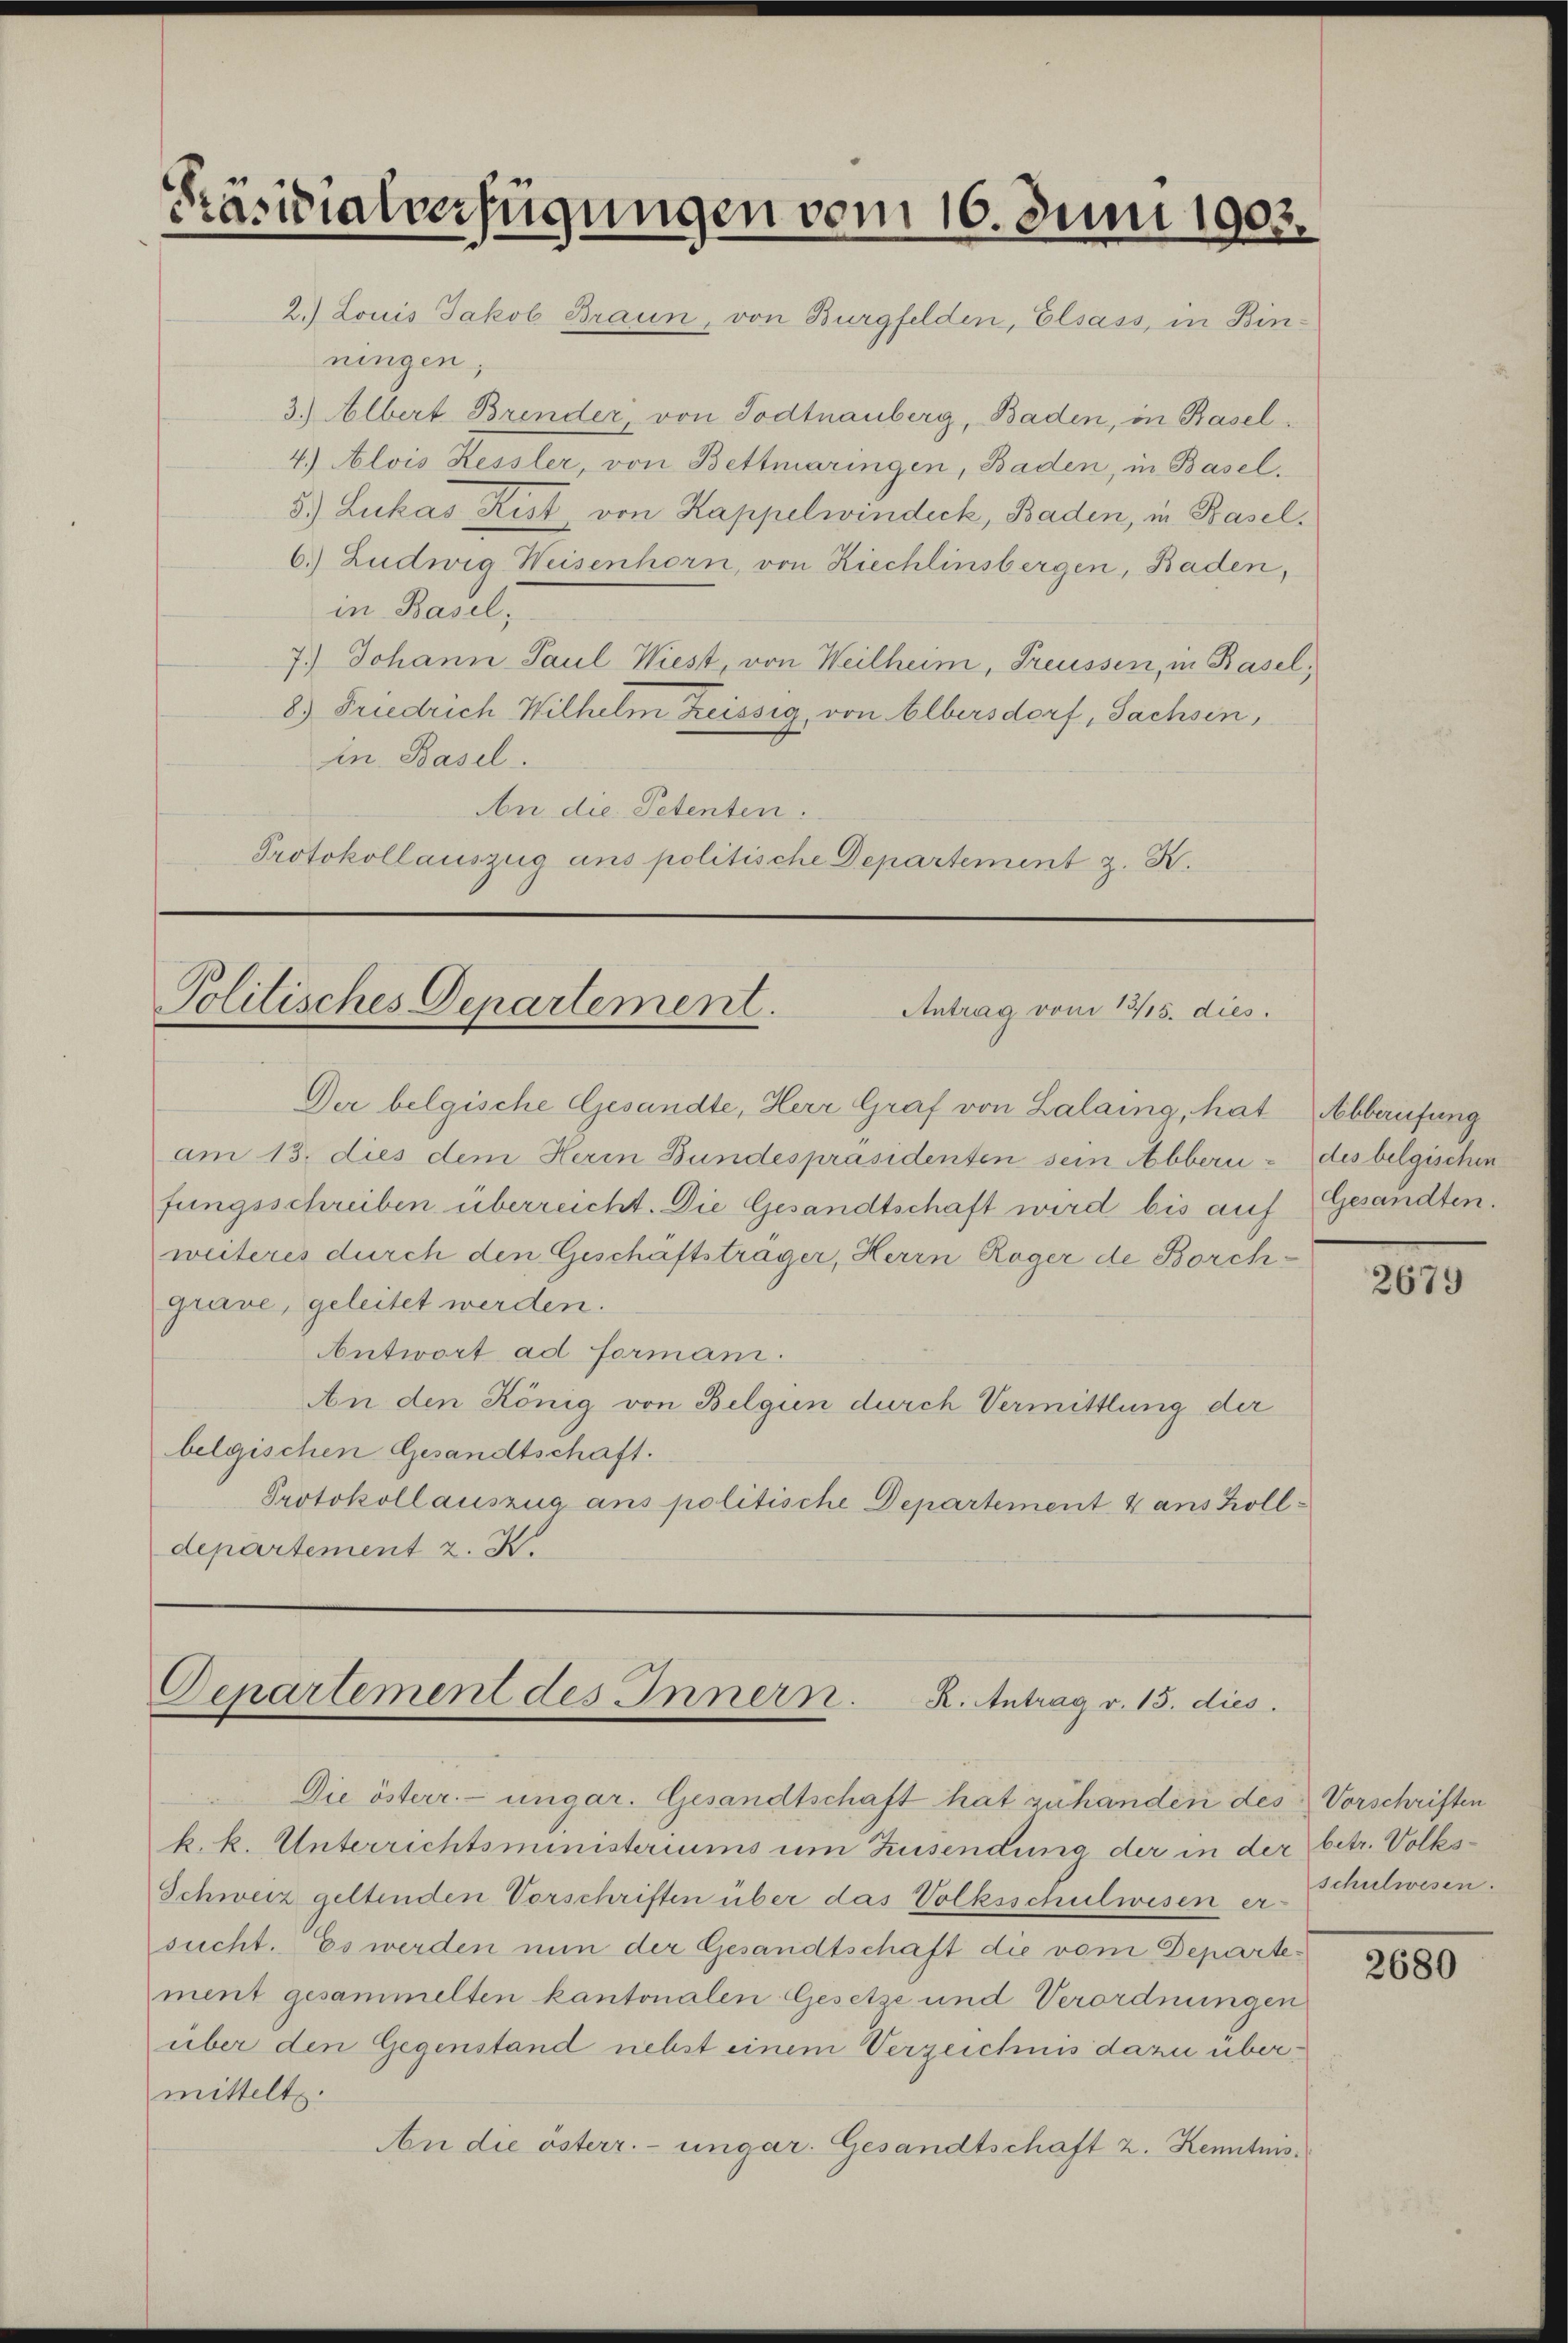
Präsidialverfügungen vom 16. Juni 1903.

2.) Louis Jakob Braun, von Burgfelden, Elsass, in Binningen,
3.) Albert Brender, von Todtnauberg, Baden, in Basel¬
4.) Alois Kessler, von Bettmaringen, Baden, in Basel.
5.) Lukas Kist, von Kappelwindeck, Baden, in Basel¬
6.) Ludwig Weisenhorn, von Ziechlinsbergen, Baden,
in Basel,
7.) Johann Paul Wiest, von Weilheim, Freussen, in Basel,
8) Friedrich Wilhelm Kreissig, von Elbersdorf, Sachsen,
in Basel.
An die Petenten:
Protokollauszug ans politische Departement z. K.

Politisches Departement.
Antrag vom 13/15. dies

Der belgische Gesandte, Herr Graf von Lalaing, hat
am 13. dies dem Herin Bundespräsidenten sein Abbern des belgischen
fungsschreiben überreicht. Die Gesandtschaft wird bis auf Gesandten.
weiteres durch den Geschäftsträger, Herrn Roger de Borchgrave, geleitet werden.
Antwort ad formani.
An den König von Belgin durch Vermittlung der
belgischen Gesandtschaft.
Protokoll auszug ans politische Departement 4 aus Zolldepartement z. B.

Departement des Innern. R. Antrag v. 15. dies

Die österr. ungar. Gesandtschaft hat zu handen des Vorschriften
k. k. Unterrichtsministeriums um Zusendung der in der betr. Volks¬
Schweiz geltenden Vorschriften über das Volksschulwesen er-
sucht. Es werden nun der Gesandtschaft die vom Departement gesammelten kantonalen Gesetze und Verordnungen
über den Gegenstand nebst einem Verzeichnis dazu übermittelt.
An die österr. ungar. Gesandtschaft z. Kenntnis¬

Abberufung

20

schulwesen.

2680